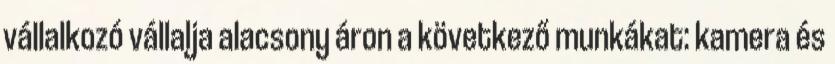
vállalkozó vállalja alacsony áron a következő munkákat: kamera és